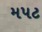
મપટ